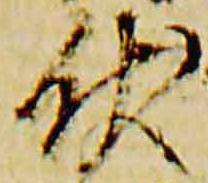
伏